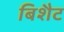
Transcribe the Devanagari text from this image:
बिशैट